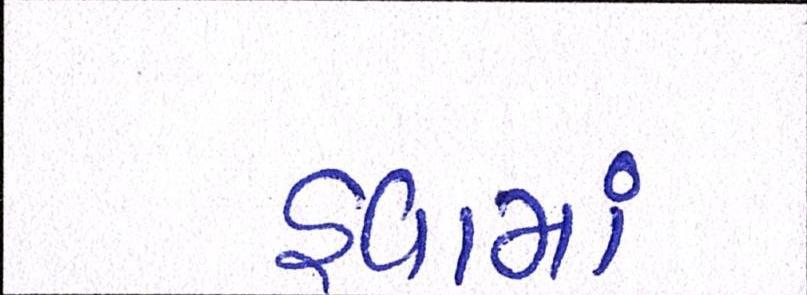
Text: હવામાં